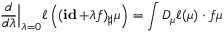
\displaystyle \frac { d } { d \lambda } \Big | _ { \lambda = 0 } \ell \left( ( \mathop { \bf i d } + \lambda f ) _ { \sharp } \mu \right) = \int D _ { \mu } \ell ( \mu ) \cdot f \d \mu